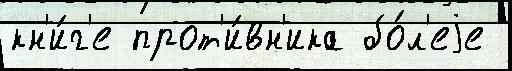
кн'и́г'е прот'и́вн'ика бо́л'еjе